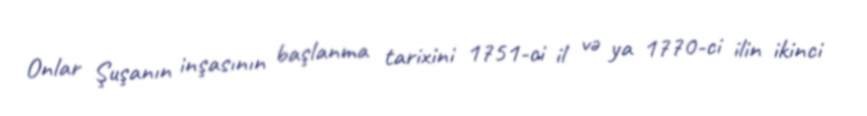
Onlar Şuşanın inşasının başlanma tarixini 1751-ci il və ya 1770-ci ilin ikinci